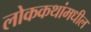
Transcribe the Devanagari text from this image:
लोककथांमधील